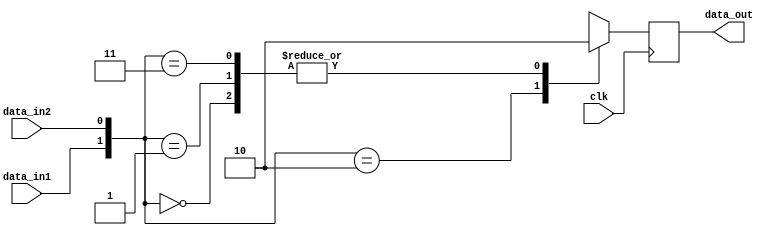
`timescale 1ns / 1ps
//////////////////////////////////////////////////////////////////////////////////
// Company: 
// Engineer: 
// 
// Design Name: 
// Module Name: posedge_detector
// Project Name: 
// Target Devices: 
// Tool Versions: 
// Description: 
// 
// Dependencies: 
// 
// Revision:
// Revision 0.01 - File Created
// Additional Comments:
// 
//////////////////////////////////////////////////////////////////////////////////


module posedge_detector(clk,data_in1,data_in2,data_out);
input clk;
input data_in1;
input data_in2;
output reg data_out;

always@(posedge clk)
begin
  case({data_in1,data_in2})
    2'b00:data_out=1'b0;
    2'b01:data_out=1'b0;
    2'b10:data_out=1'b1;
    2'b11:data_out=1'b0;
    default:data_out=1'b0;
  
  endcase
end

endmodule